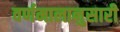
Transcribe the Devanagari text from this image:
वर्णमालानुसारी